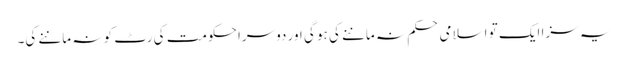
یہ سزا ایک تو اسلامی حکم نہ ماننے کی ہو گی اور دوسرا حکومت کی رٹ کو نہ ماننے کی۔